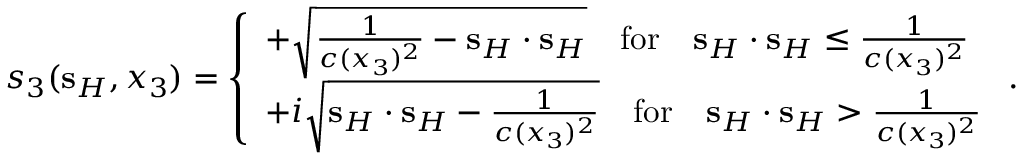
s _ { 3 } ( { \bf s } _ { H } , x _ { 3 } ) = \left\{ \begin{array} { l l } { + \sqrt { \frac { 1 } { c ( x _ { 3 } ) ^ { 2 } } - { \bf s } _ { H } \cdot { \bf s } _ { H } } \quad \mathrm { f o r } \quad { \bf s } _ { H } \cdot { \bf s } _ { H } \leq \frac { 1 } { c ( x _ { 3 } ) ^ { 2 } } } \\ { + i \sqrt { { \bf s } _ { H } \cdot { \bf s } _ { H } - \frac { 1 } { c ( x _ { 3 } ) ^ { 2 } } } \quad \mathrm { f o r } \quad { \bf s } _ { H } \cdot { \bf s } _ { H } > \frac { 1 } { c ( x _ { 3 } ) ^ { 2 } } } \end{array} \right. .